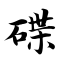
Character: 碟